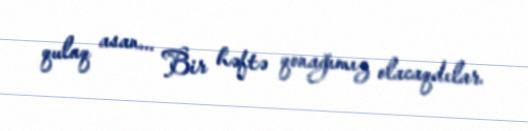
qulaq asan... Bir həftə qonağımız olacaqdılar.